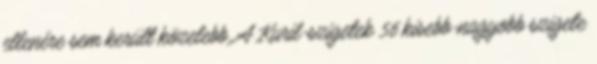
ellenére sem került közelebb. A Kuril-szigetek 56 kisebb-nagyobb szigete